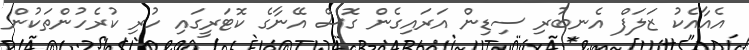
އެއާއެކު ޒަލަފް އެނބުރި ސިޑިން އަރައިގެން ގޮސް އޭނާގެ ކޮޓަރީގައި ހުރި ކުރެހުންތަކުން